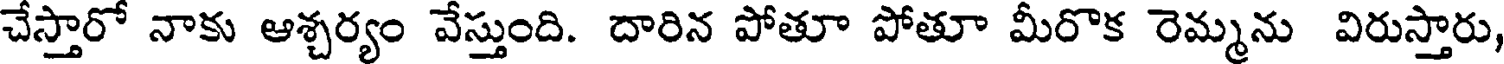
చేస్తారో నాకు ఆశ్చర్యం వేస్తుంది. దారిన పోతూ పోతూ మీరొక రెమ్మను విరుస్తారు,